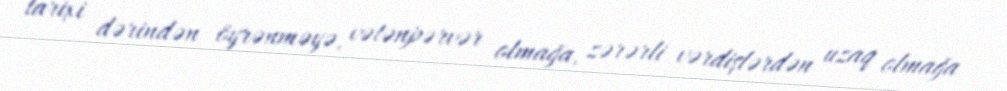
tarixi dərindən öyrənməyə, vətənpərvər olmağa, zərərli vərdişlərdən uzaq olmağa